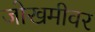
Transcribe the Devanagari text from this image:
जोखमीवर